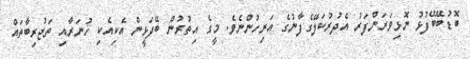
ބޮޑުބޭބޭފުޅު ނޮޅިވަރަންފަރު އެދުރުކަލޭގެފާނުގެ އަރިހުންނެވެ. މީގެ އިތުރުން ބޭދަޅީން އެކިއެކި ހުނަރާއި ތަޖުރިބާތައް